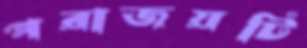
পরাজয়টি